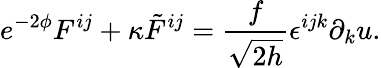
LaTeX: e^{-2\phi}F^{ij}+\kappa{\tilde{F}}^{ij}=\frac{f}{\sqrt{2h}}\epsilon^{ijk}\partial_{k}u.